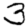
Digit: 3